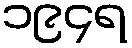
၁၉၄ရ